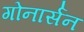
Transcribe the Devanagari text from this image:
गोनार्सन